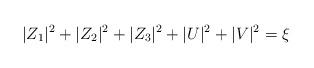
LaTeX: \begin{align*}|Z_1|^2 + |Z_2|^2 + |Z_3|^2 +|U|^2 + |V|^2 = \xi\end{align*}